Juuru_vallavalitsus, lk 27
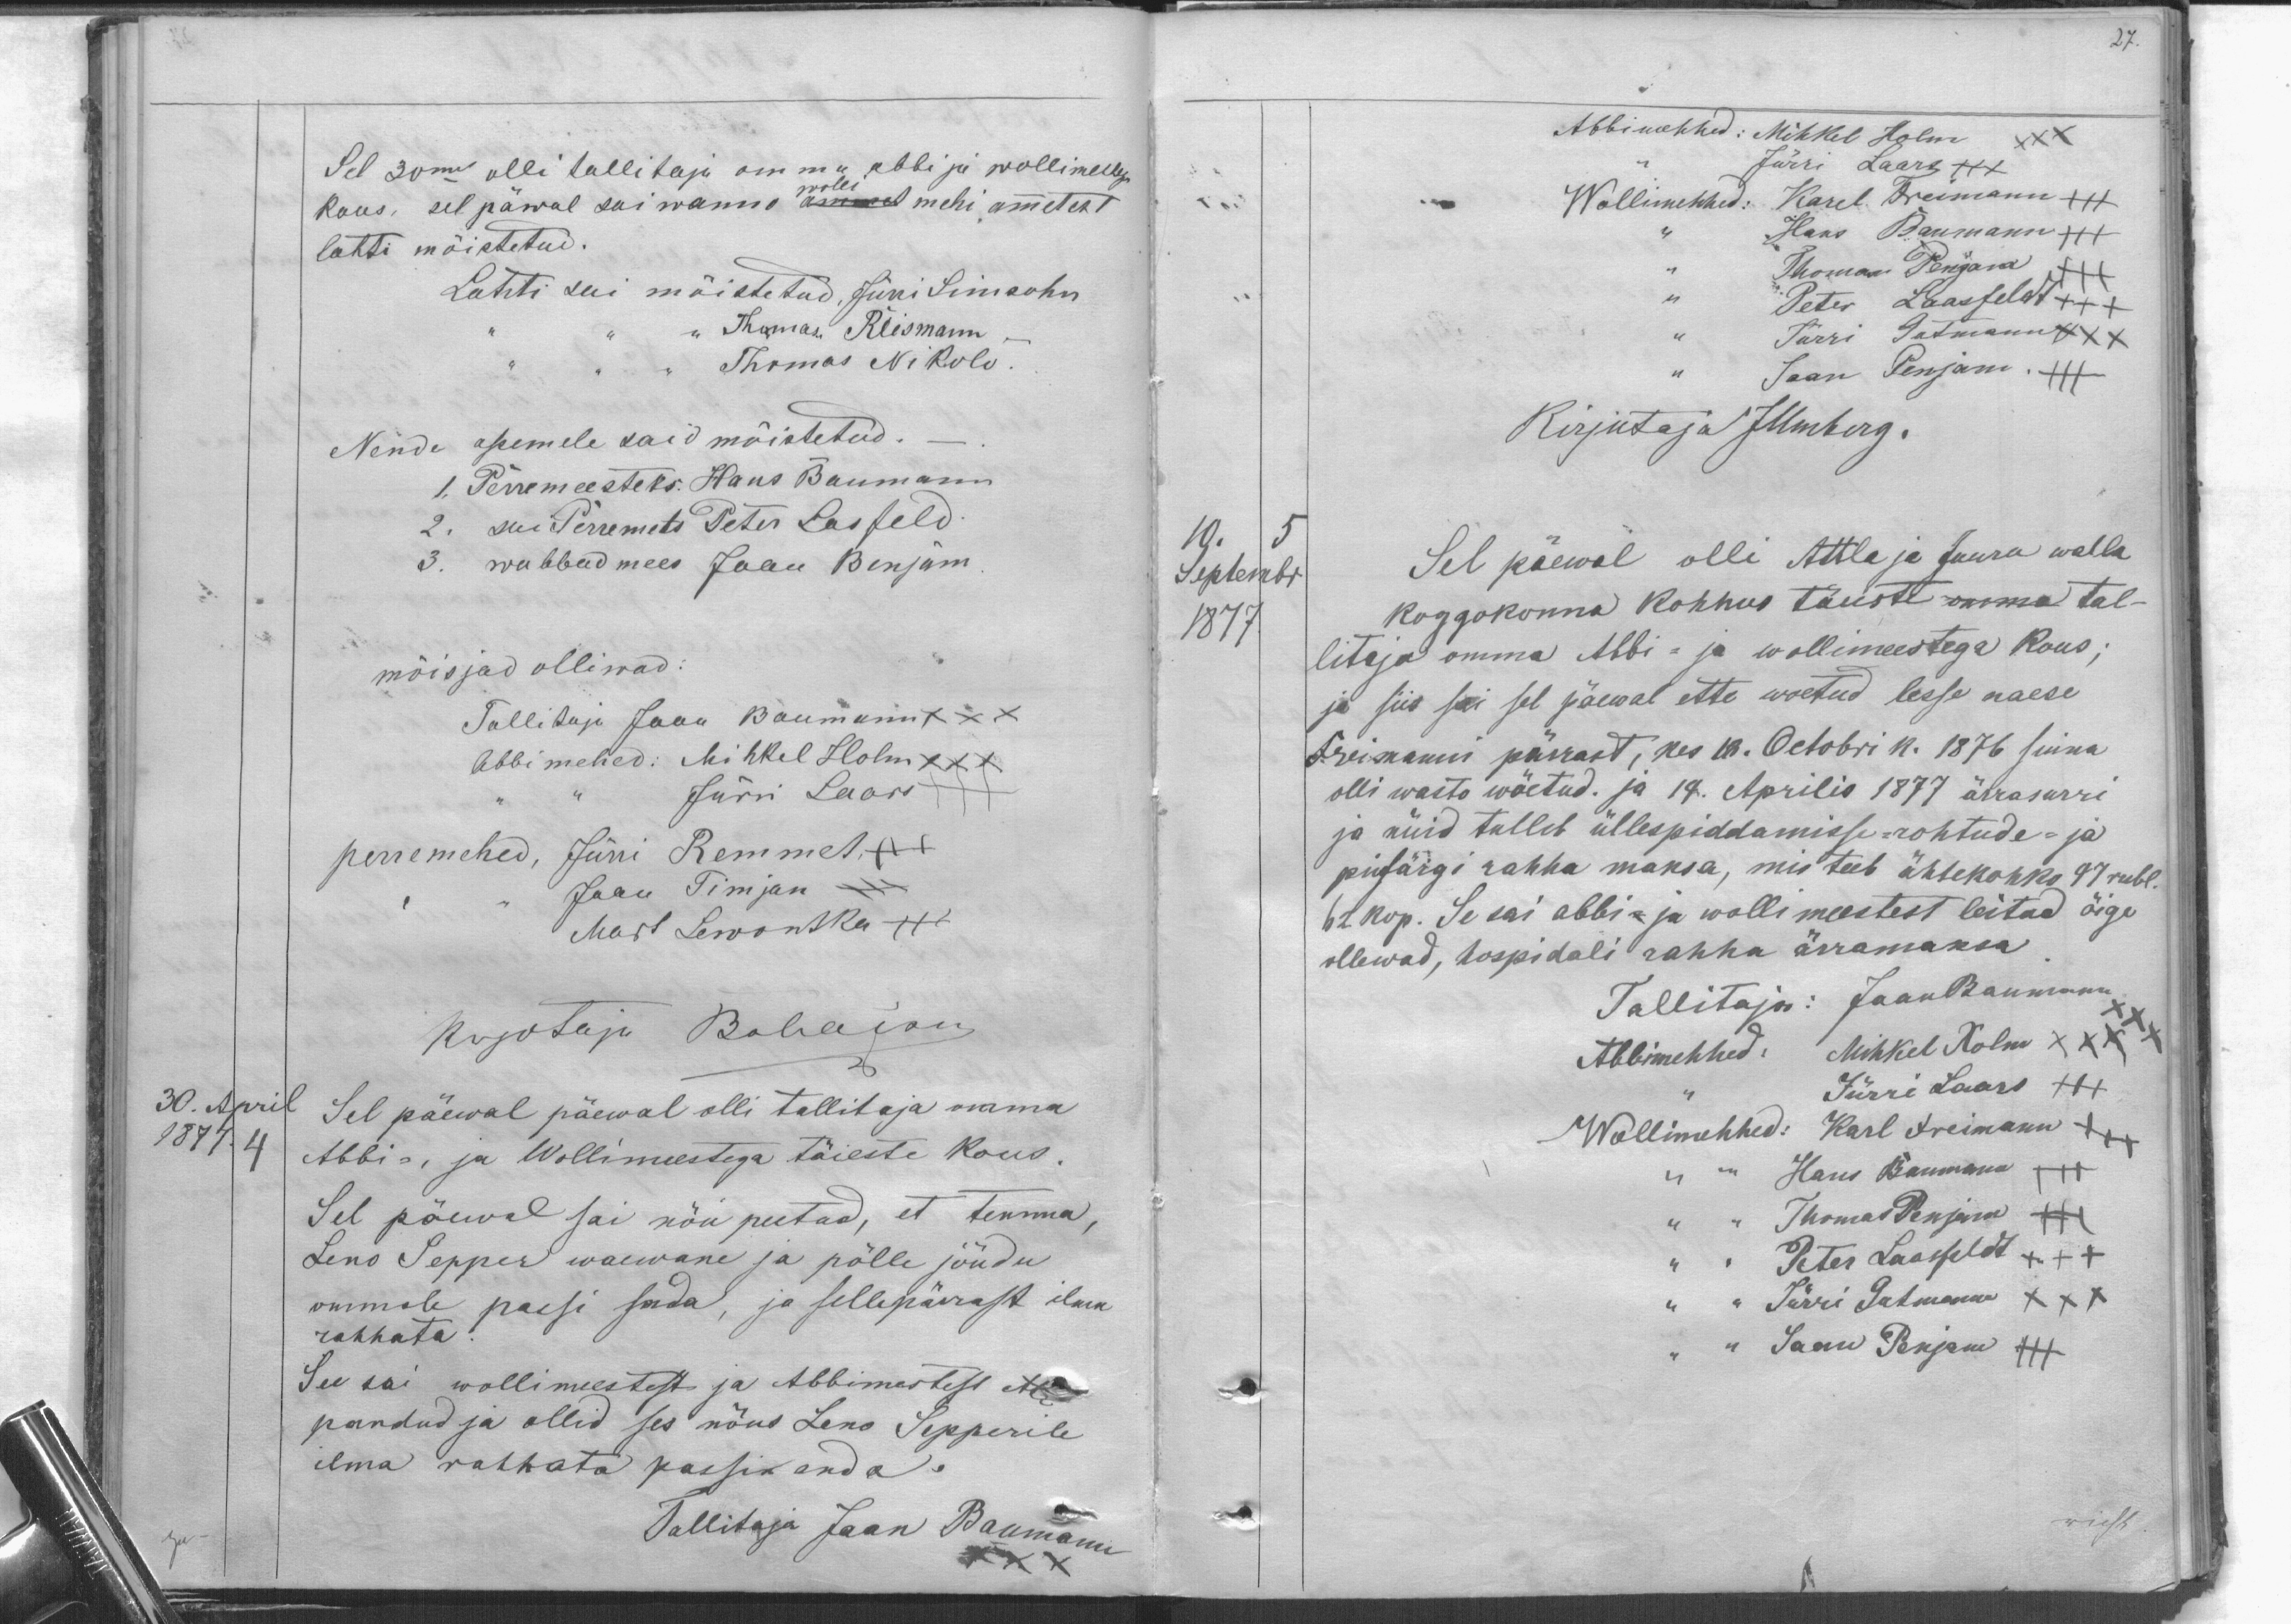
Sel 30mal olli tallitaja omma, abbi ja wollimehed
kous sel päwal sai wanno wolli mehi ametest
lahti mõistetud.
Lahti sai mõistetud, Jüri Simsohn
Thomas Riismann
Thomas Nikolo.
Nende asemele said mõistetud . _ .
1. Perremeesteks: Hans Baumann
2. sei Perremets Peter Lasfeld.
3. wabbad mees Jaan Benjam.
mõisjad olliwad.
Tallitaja Jaan Baumann XXX
Abbimehed: Mihkel Holm XXX
Jürri Laars +++
perremehed, Jürri Remmet +++
Jaan Timjan +++
Mart Servontka +++
Krjotaja Bahajan
30. April
1871. 4
Sel päeval päewal olli tallitaja omma
Abbi-, ja Wollimestega täieste kous.
Sel päewal sai nõu peetud, et temma,
Leno Sepper waewane ja põlle jõudu
ommole passi sada, ja sellepärast ilma
rahhata
See sai wollimeestest ja Abbimestest ette
pandud ja ollid ses nõus Leno Sepperile
ilma rahhata passi anda.
Tallitaja Jaan Baumann

27.
Abbimehhed: Mihkel Holm XXX
Jürri Laars +++
Wollimehhed: Karel Treimann +++
Hans Baumann
Thomas Penjava XXX
Peter Laasfeldt +++
Jürri Gutmann XXX
Jaan Penjam . XXX
Kirjutaja JMmberg.
10. 5
Septembr
1877
Sel päewal olli Attla ja Juuru walla
koggokonna kohhus täieste omma tal-
litaja omma Abbi- ja wollimeestega kous;
ja siis sai sel päewal ette woetud lesse naese
Freismann pärrast, kes 18. Octobri 11. 1876 sinna
olli wasto wõetud. ja 14. Aprilis 1877 ärrasurri
ja nüid tulleb üllespiddamisse-rohtude- ja
pusärgi rahha maksa, mis teeb ühtekokko 47 rubl.
62 kop. Se sai abbi- ja wolli meestest leitud õige
ollewad, hospidali rahha ärramaksa
Tallitaja: Jaan Baummann
Abbimehhed: Mihkel Holm XXX
Jürri Laars XXX
Wollimehhed: Karl Treimann +++
Hans Baumann +++
Thomas Penjam XXX
Peter Laasfeldt XXX
Jürri Gutmann XXX
Jaan Penjam XXX